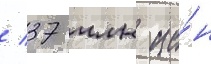
/ 37 млн ие́н